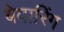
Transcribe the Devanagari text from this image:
बेवारिंग